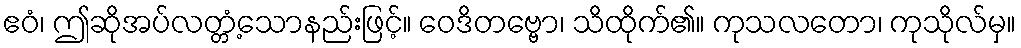
ဧဝံ၊ ဤဆိုအပ်လတ္တံ့သောနည်းဖြင့်။ ဝေဒိတဗ္ဗော၊ သိထိုက်၏။ ကုသလတော၊ ကုသိုလ်မှ။